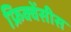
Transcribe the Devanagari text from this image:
फ्रिक्वेंसीस